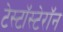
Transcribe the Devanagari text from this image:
टेस्टॉस्टेरॉन